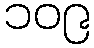
၁၀၉